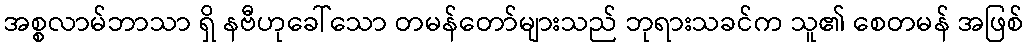
အစ္စလာမ်ဘာသာ ရှိ နဗီဟုခေါ်သော တမန်တော်များသည် ဘုရားသခင်က သူ၏ စေတမန် အဖြစ်